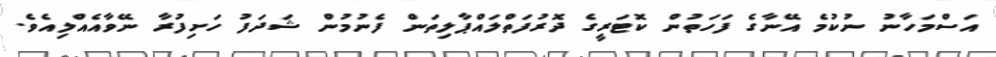
އަސްމަހާނު ނުކުމެ އޭނާގެ ފަހަތުން ކޮޓަރީގެ ދޮރުފަތްލައްޕާލިތަން ފެނުމުން ޝަދަފު ހަށިފުރާ ނޭވާއެއްލިއެވެ.